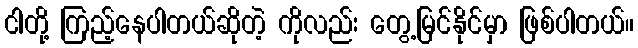
ငါတို့ ကြည့်နေပါတယ်ဆိုတဲ့ ကိုလည်း တွေ့မြင်နိုင်မှာ ဖြစ်ပါတယ်။